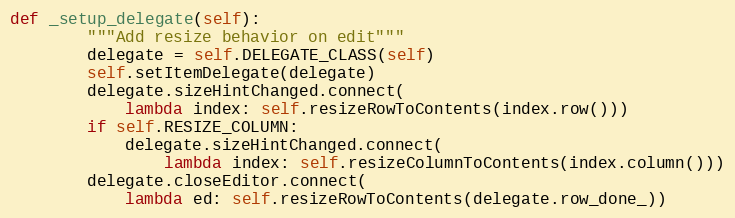
Language: Python
def _setup_delegate(self):
        """Add resize behavior on edit"""
        delegate = self.DELEGATE_CLASS(self)
        self.setItemDelegate(delegate)
        delegate.sizeHintChanged.connect(
            lambda index: self.resizeRowToContents(index.row()))
        if self.RESIZE_COLUMN:
            delegate.sizeHintChanged.connect(
                lambda index: self.resizeColumnToContents(index.column()))
        delegate.closeEditor.connect(
            lambda ed: self.resizeRowToContents(delegate.row_done_))